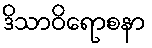
ဒိသာဝိရောစနာ